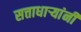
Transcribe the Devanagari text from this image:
सत्ताधार्‍यांनी